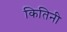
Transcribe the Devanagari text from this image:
कितिनी